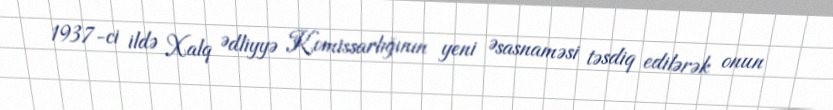
1937-ci ildə Xalq Ədliyyə Komissarlığının yeni Əsasnaməsi təsdiq edilərək onun